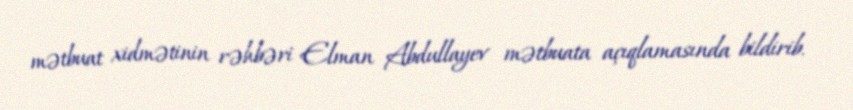
mətbuat xidmətinin rəhbəri Elman Abdullayev mətbuata açıqlamasında bildirib.